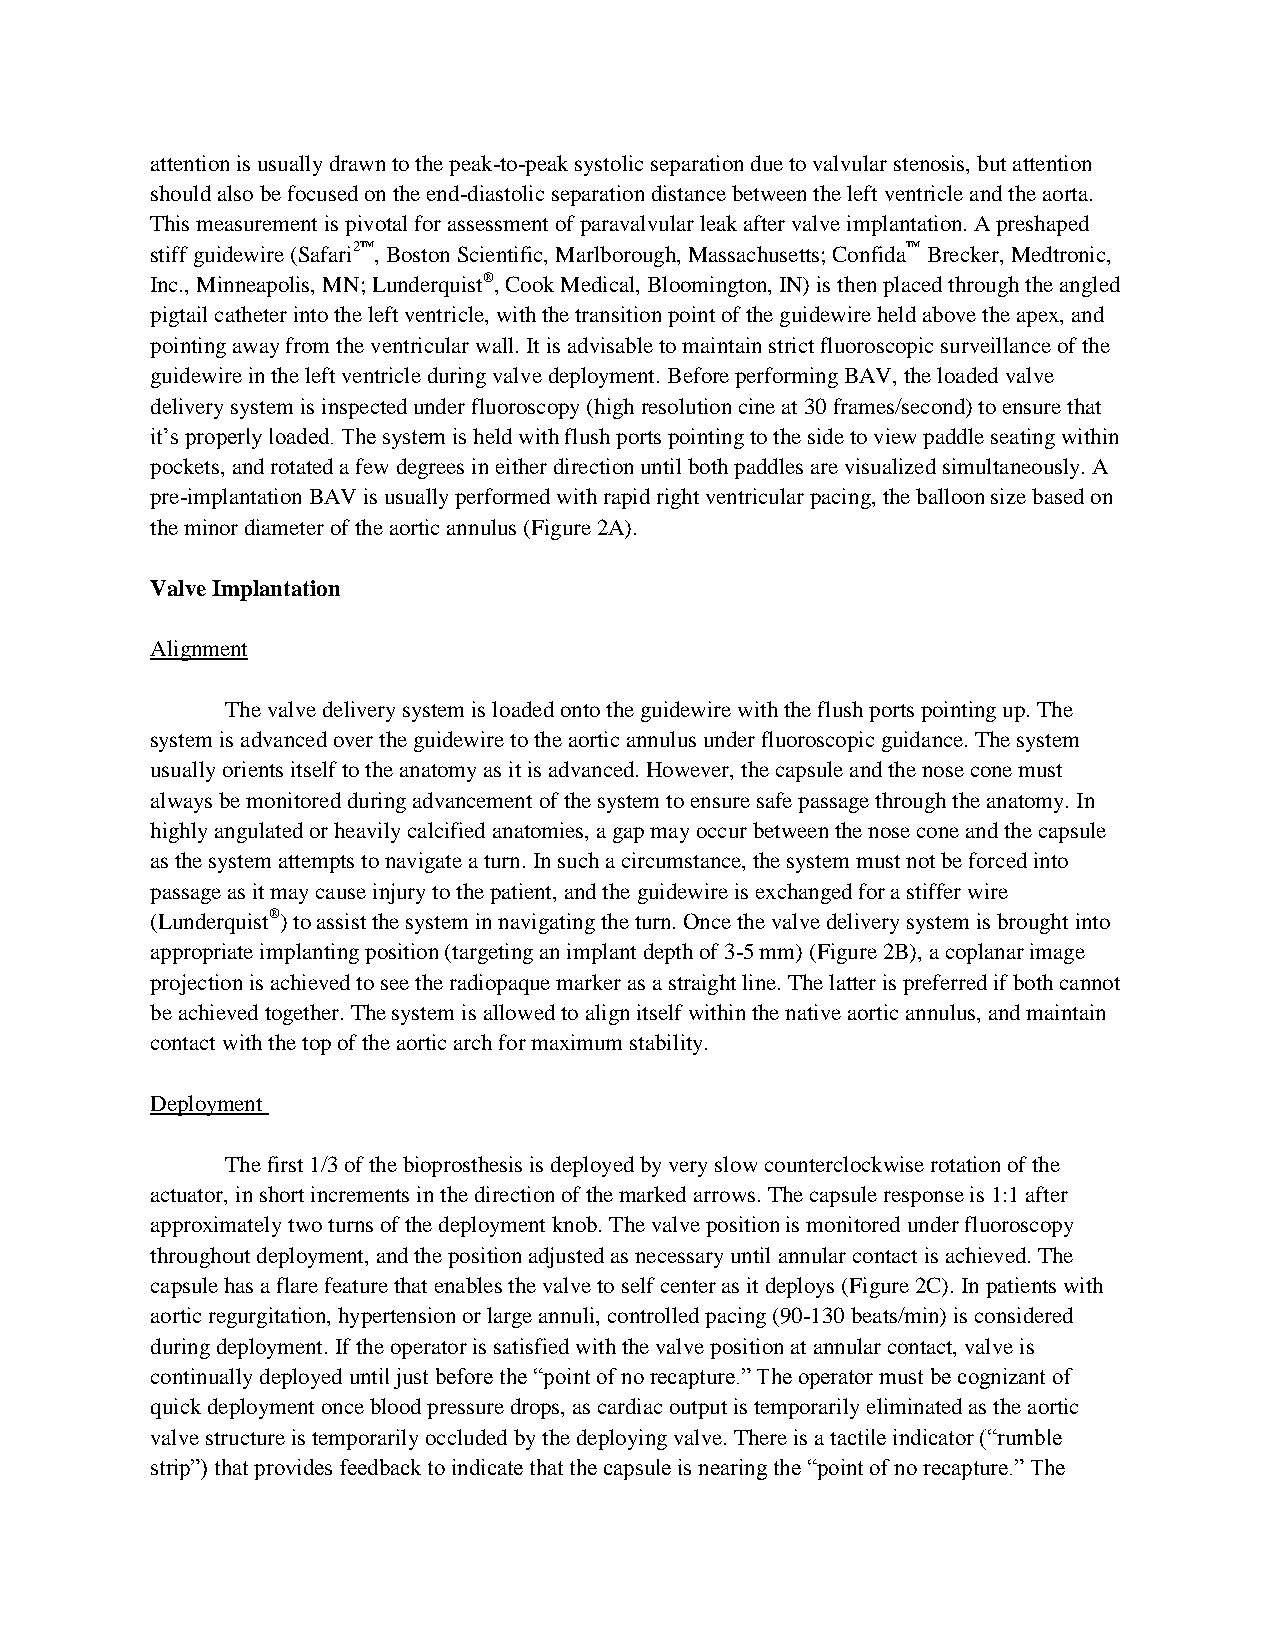
attention is usually drawn to the peak-to-peak systolic separation due to valvular stenosis, but attention
 should also be focused on the end-diastolic separation distance between the left ventricle and the aorta.
 This measurement is pivotal for assessment of paravalvular leak after valve implantation. A preshaped
 stiff guidewire (Safari2™, Boston Scientific, Marlborough, Massachusetts; Confida™ Brecker, Medtronic,
 Inc., Minneapolis, MN; Lunderquist®, Cook Medical, Bloomington, IN) is then placed through the angled
 pigtail catheter into the left ventricle, with the transition point of the guidewire held above the apex, and
 pointing away from the ventricular wall. It is advisable to maintain strict fluoroscopic surveillance of the
 guidewire in the left ventricle during valve deployment. Before performing BAV, the loaded valve
 delivery system is inspected under fluoroscopy (high resolution cine at 30 frames/second) to ensure that
 it’s properly loaded. The system is held with flush ports pointing to the side to view paddle seating within
 pockets, and rotated a few degrees in either direction until both paddles are visualized simultaneously. A
 pre-implantation BAV is usually performed with rapid right ventricular pacing, the balloon size based on
 the minor diameter of the aortic annulus (Figure 2A).
 Valve Implantation
 Alignment
 The valve delivery system is loaded onto the guidewire with the flush ports pointing up. The
 system is advanced over the guidewire to the aortic annulus under fluoroscopic guidance. The system
 usually orients itself to the anatomy as it is advanced. However, the capsule and the nose cone must
 always be monitored during advancement of the system to ensure safe passage through the anatomy. In
 highly angulated or heavily calcified anatomies, a gap may occur between the nose cone and the capsule
 as the system attempts to navigate a turn. In such a circumstance, the system must not be forced into
 passage as it may cause injury to the patient, and the guidewire is exchanged for a stiffer wire
 (Lunderquist®) to assist the system in navigating the turn. Once the valve delivery system is brought into
 appropriate implanting position (targeting an implant depth of 3-5 mm) (Figure 2B), a coplanar image
 projection is achieved to see the radiopaque marker as a straight line. The latter is preferred if both cannot
 be achieved together. The system is allowed to align itself within the native aortic annulus, and maintain
 contact with the top of the aortic arch for maximum stability.
 Deployment
 The first 1/3 of the bioprosthesis is deployed by very slow counterclockwise rotation of the
 actuator, in short increments in the direction of the marked arrows. The capsule response is 1:1 after
 approximately two turns of the deployment knob. The valve position is monitored under fluoroscopy
 throughout deployment, and the position adjusted as necessary until annular contact is achieved. The
 capsule has a flare feature that enables the valve to self center as it deploys (Figure 2C). In patients with
 aortic regurgitation, hypertension or large annuli, controlled pacing (90-130 beats/min) is considered
 during deployment. If the operator is satisfied with the valve position at annular contact, valve is
 continually deployed until just before the “point of no recapture.” The operator must be cognizant of
 quick deployment once blood pressure drops, as cardiac output is temporarily eliminated as the aortic
 valve structure is temporarily occluded by the deploying valve. There is a tactile indicator (“rumble
 strip”) that provides feedback to indicate that the capsule is nearing the “point of no recapture.” The